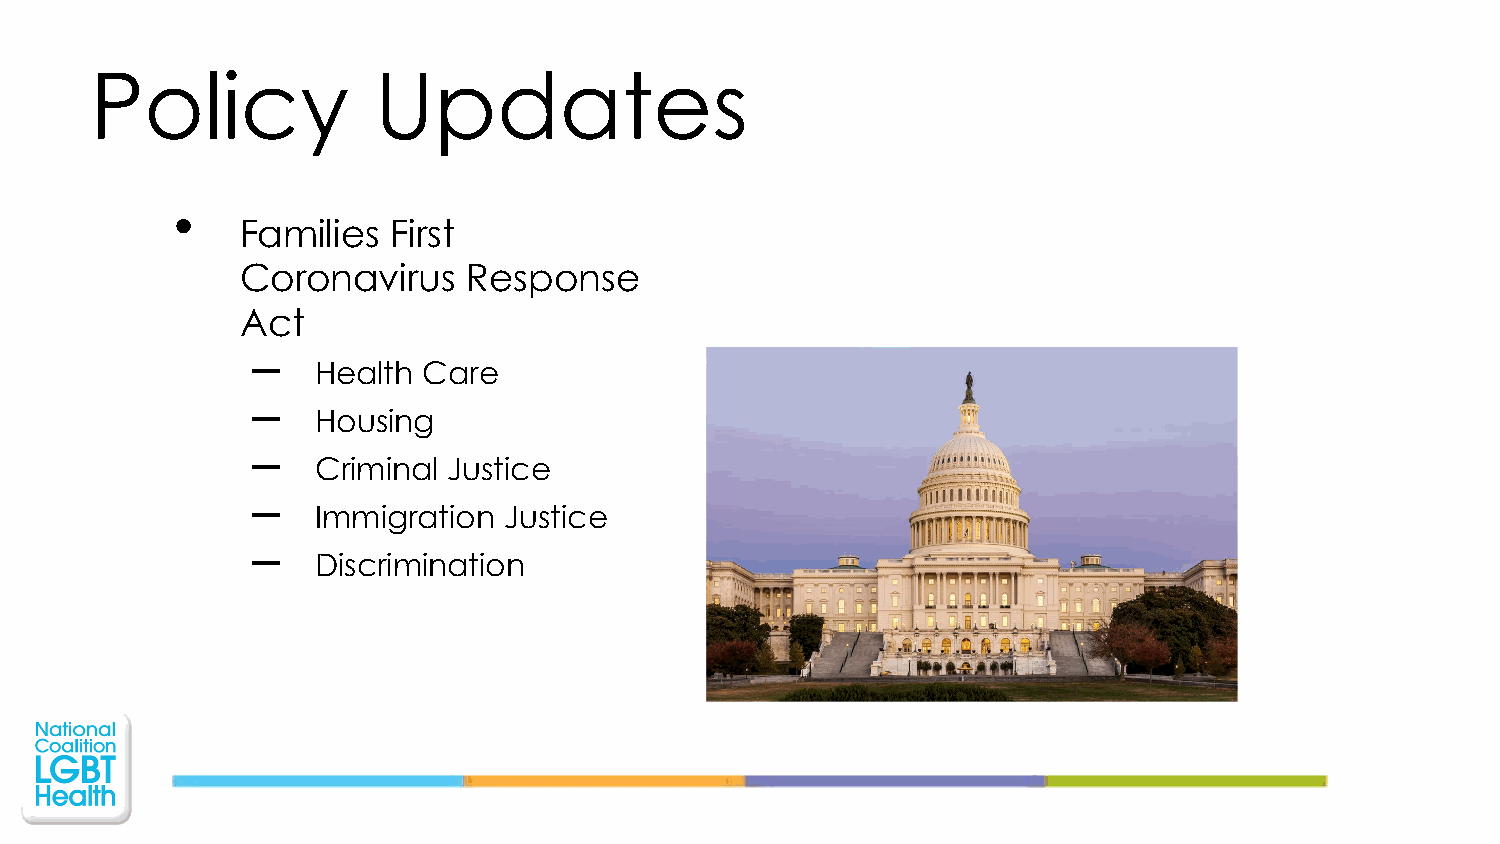
Policy             Updates
 •
 Families  First
 Coronavirus    Response
 Act
 –
 Health Care
 –
 Housing
 –
 Criminal Justice
 –
 Immigration Justice
 –
 Discrimination